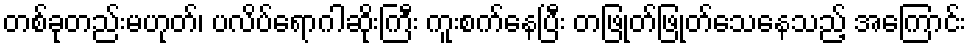
တစ်ခုတည်းမဟုတ်၊ ပလိပ်ရောဂါဆိုးကြီး ကူးစက်နေပြီး တဖြုတ်ဖြုတ်သေနေသည့် အကြောင်း